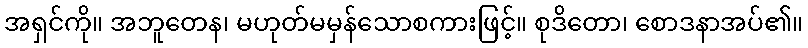
အရှင်ကို။ အဘူတေန၊ မဟုတ်မမှန်သောစကားဖြင့်။ စုဒိတော၊ စောဒနာအပ်၏။